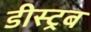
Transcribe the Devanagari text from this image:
डीस्ट्रब